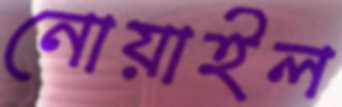
নোয়াইল